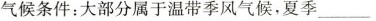
气候条件：大部分属于温带季风气候，夏季___